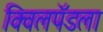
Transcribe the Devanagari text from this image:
क्विलपॅडला